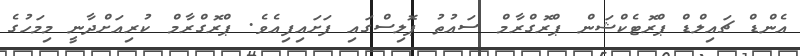
އެންޑް ޗައިލްޑް ޕްރޮޓެކްޝަން ޕްރޮގްރާމް ސައުތު ޕޮލިސްގައި ފަށައިފިއެވެ. ޕްރޮގްރާމް ކުރިއަށްދާނީ މިމަހުގެ